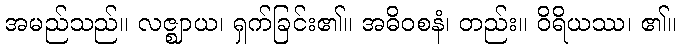
အမည်သည်။ လဇ္ဈာယ၊ ရှက်ခြင်း၏။ အဓိဝစနံ၊ တည်း။ ဝိရိယဿ၊ ၏။